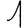
Digit: 1